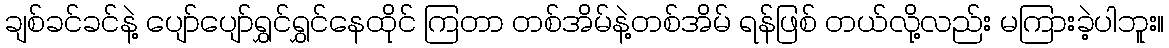
ချစ်ခင်ခင်နဲ့ ပျော်ပျော်ရွှင်ရွှင်နေထိုင် ကြတာ တစ်အိမ်နဲ့တစ်အိမ် ရန်ဖြစ် တယ်လို့လည်း မကြားခဲ့ပါဘူး။